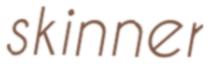
skinner